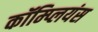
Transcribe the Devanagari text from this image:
कॉम्प्लियंस